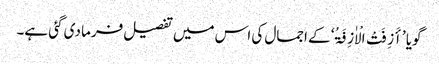
گویا ’أَزِفَتْ الْاٰزِفَۃُ‘ کے اجمال کی اس میں تفصیل فرما دی گئی ہے۔